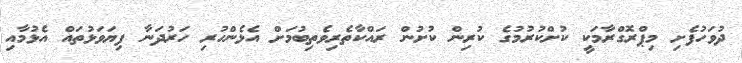
ދުވަހުފެށި މިޕްރޮގްރާމަކީ ކުށްކުރުމުގެ ކުރިން ކުށުން ރައްކާތެރިވެތިބުމަށް އެޅެންހުރި ހަރުދަނާ ފިޔަވަޅުތައް އެޅުމާއި